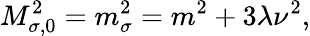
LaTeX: M_{\sigma,0}^{2}=m_{\sigma}^{2}=m^{2}+3\lambda\nu^{2},